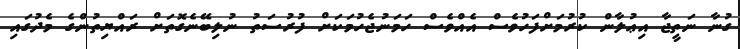
ގުނާ ނަތީޖާ އިޢުލާން ކުރުމަށްފަހުވެސް އެއްވެސް ހަމަނުޖެހުމަކަށް ފުރުސަތު ނުލިބޭނެގޮތަށް ރައްޔިތުންގެ މެދުގައި